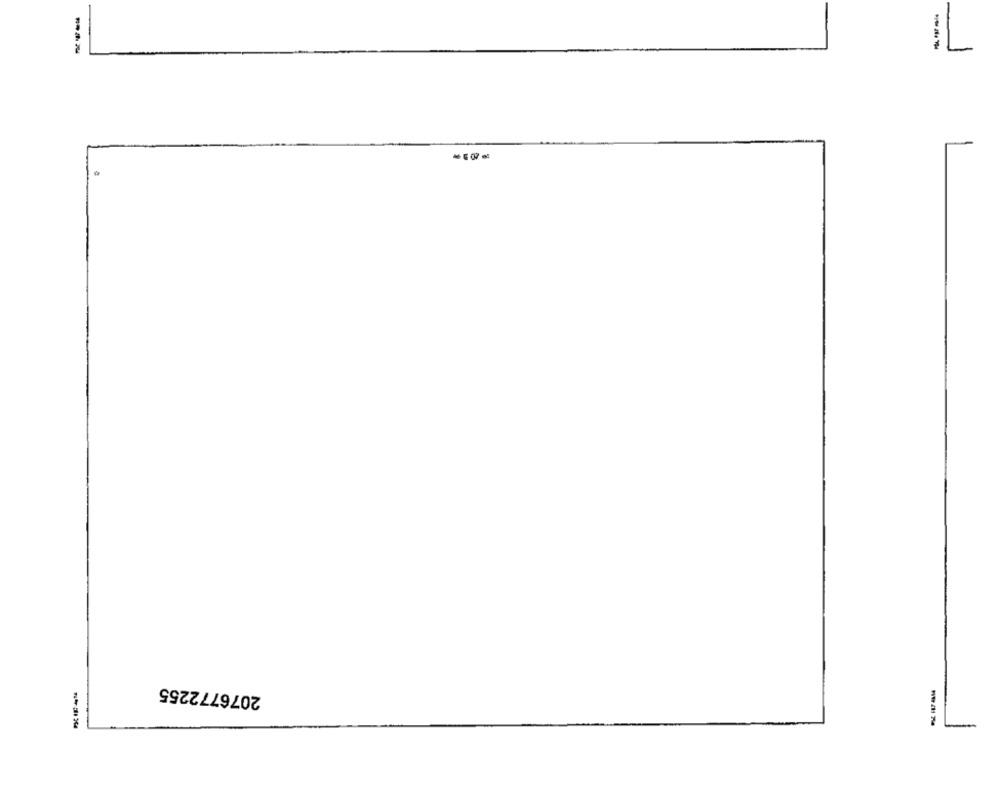
2076772255